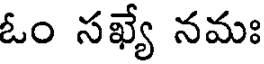
ఓం సఖ్యే నమః